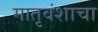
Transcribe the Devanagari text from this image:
मातृवंशाचा